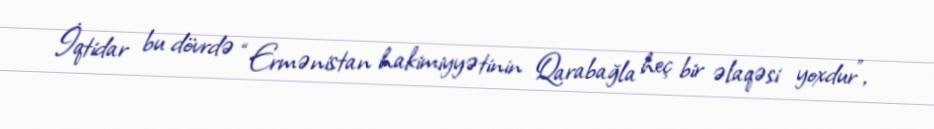
İqtidar bu dövrdə “Ermənistan hakimiyyətinin Qarabağla heç bir əlaqəsi yoxdur”,